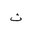
Letter: _tha